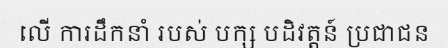
លើ ការដឹកនាំ របស់ បក្ស បដិវត្តន៍ ប្រជាជន